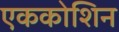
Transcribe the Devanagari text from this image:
एककोशिन